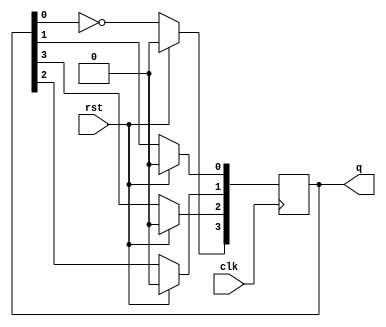
`timescale 1ns / 1ps

module n_bit_johnson_counter(clk,rst,q);

	 parameter n=4;
	 input clk,rst;
    output reg [(n-1):0] q= 4'b1100;
	 integer i;
	 
	 
	 always @ (posedge clk)
	 
	 begin
	 
	 if(rst)
	 
	 begin
	 
	 q<= 4'b0000;
	 end
	 
	 else
	 
	 begin
	 
	 q[n-1]<=~q[0];
	 for( i=0; i<(n-1);i=i+1)
	 
	 begin
	 
	 q[i]<=q[i+1];
	 end
	 
	 end
	 
	 
	 
	 
	 end
	 


endmodule